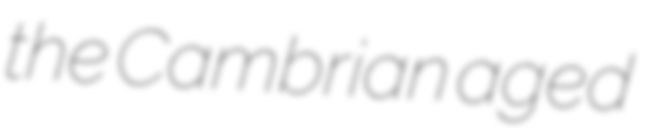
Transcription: the Cambrian aged